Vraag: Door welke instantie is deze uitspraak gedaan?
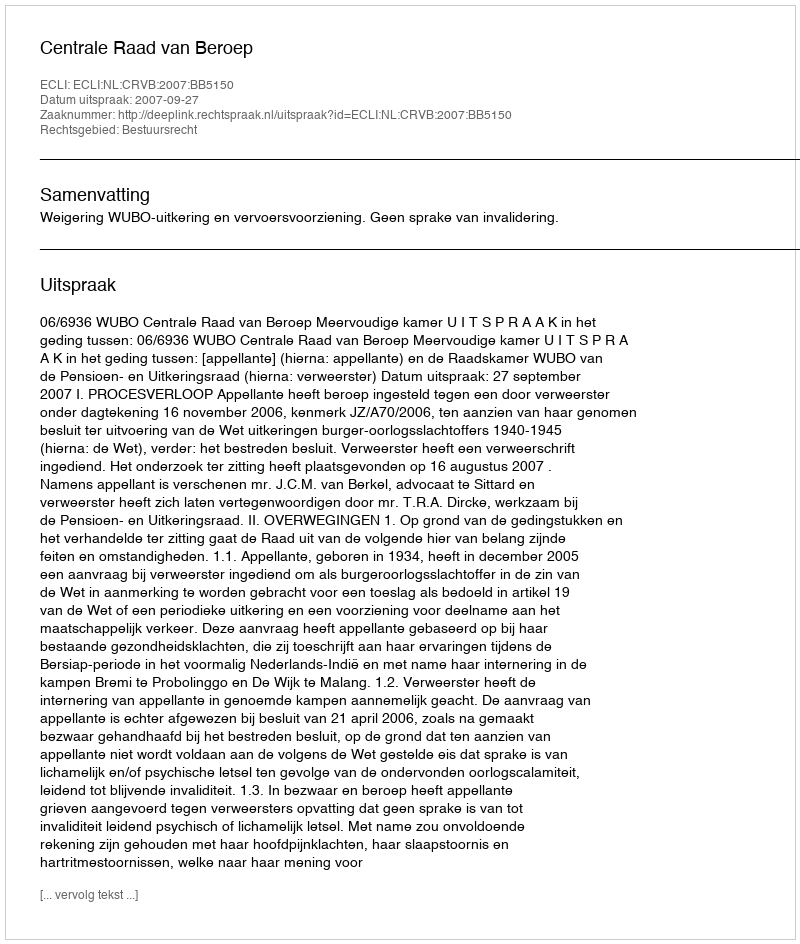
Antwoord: Centrale Raad van Beroep